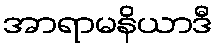
အာရာမနိယာဒီ